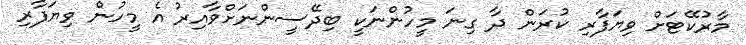
މާރުކޭޓަށް ވިޔަފާރި ކުރަން ދާ ގިނަ މީހުންނަކީ ބިދޭސީންނަށްވާއިރު އެ މީހުން ވިޔަފާރި